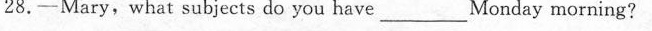
28.---Mary,what subjects do you have____Monday morning?